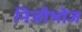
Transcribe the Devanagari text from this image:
निजीभोज